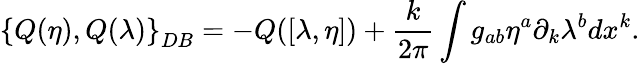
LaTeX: \left\{ Q(\eta),Q(\lambda)\right\} _{DB}=-Q([\lambda,\eta])+{\frac{k}{2\pi}}\int g_{ab}\eta^{a}\partial_{k}\lambda^{b}dx^{k}.